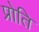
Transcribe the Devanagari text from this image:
प्रोति